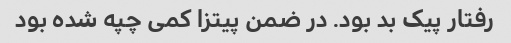
رفتار پیک بد بود. در ضمن پیتزا کمی چپه شده بود